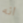
انه